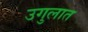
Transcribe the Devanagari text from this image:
उगुलात